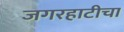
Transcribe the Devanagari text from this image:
जगरहाटीचा